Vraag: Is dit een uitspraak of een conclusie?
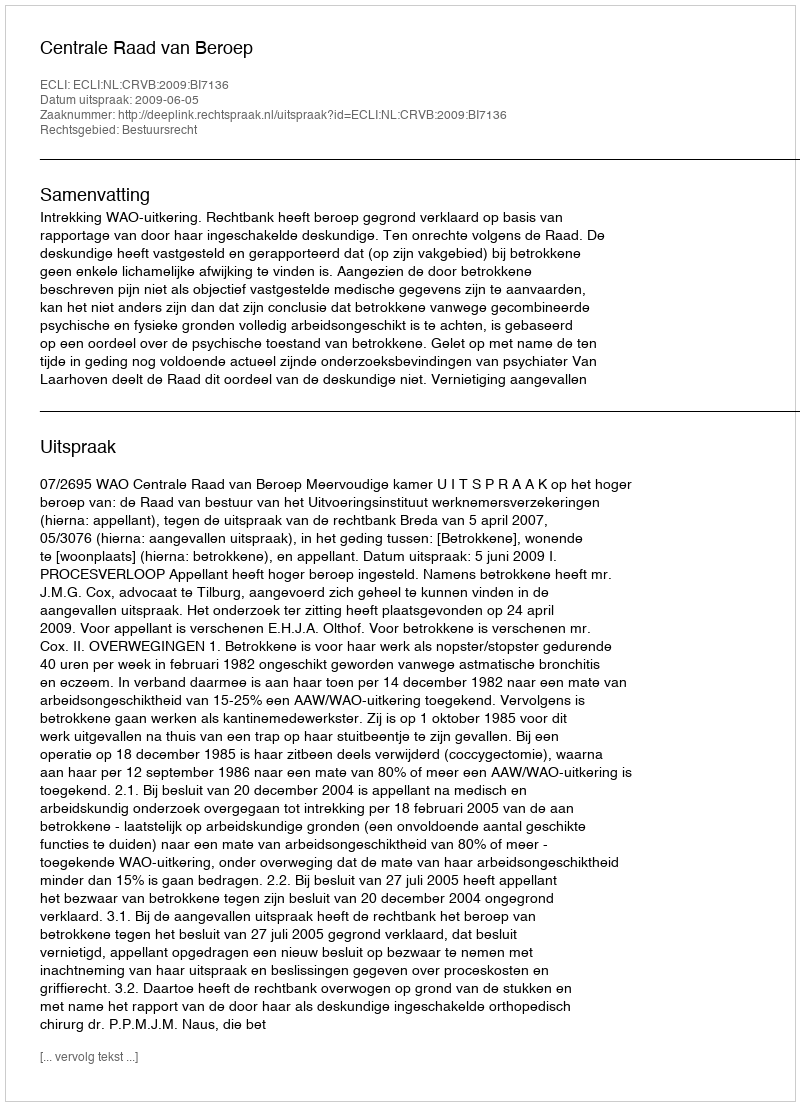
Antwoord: Uitspraak